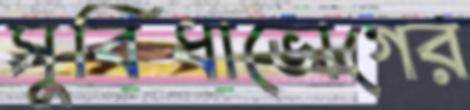
সুবিধাভোগের